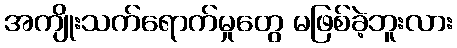
အကျိုးသက်ရောက်မှုတွေ မဖြစ်ခဲ့ဘူးလား